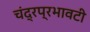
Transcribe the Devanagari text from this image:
चंद्रप्रभावटी